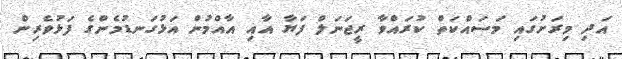
އަދި މިރަށުގައި މަސައްކަތް ކުރައްވާ ރީޖަނަލް ފަޔާ އާއި އާއްމުން އަޅުގަނޑުމެންގެ ފަޅުވެރިން